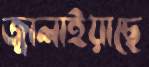
জ্বালাইয়াছে